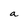
Character: a